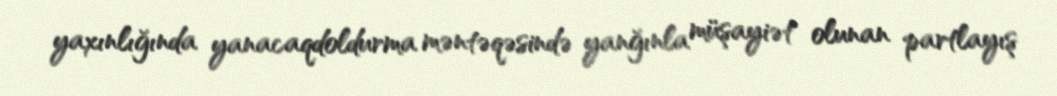
yaxınlığında yanacaqdoldurma məntəqəsində yanğınla müşayiət olunan partlayış